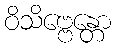
ဝိသိဗ္ဗေန္တော